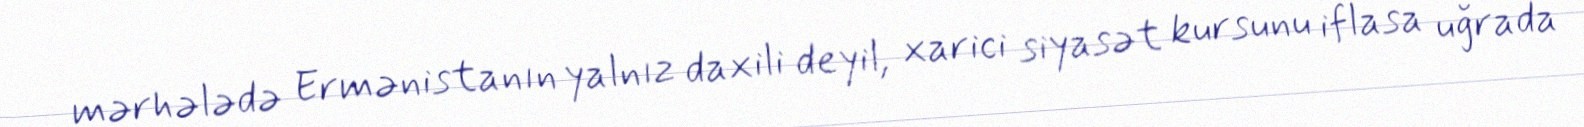
mərhələdə Ermənistanın yalnız daxili deyil, xarici siyasət kursunu iflasa uğrada